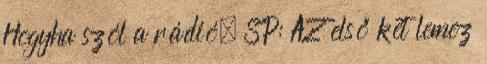
Hogyha szól a rádió. SP: AZ első két lemez